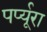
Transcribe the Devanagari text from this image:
पर्प्यूरा